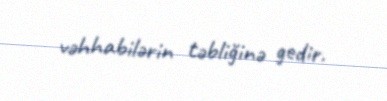
vəhhabilərin təbliğinə gedir.